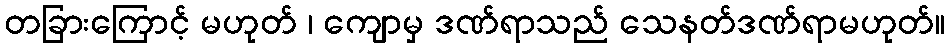
တခြားကြောင့် မဟုတ် ၊ ကျောမှ ဒဏ်ရာသည် သေနတ်ဒဏ်ရာမဟုတ်။